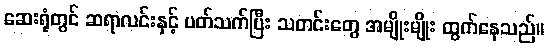
ဆေးရုံတွင် ဆရာလင်းနှင့် ပတ်သက်ပြီး သတင်းတွေ အမျိုးမျိုး ထွက်နေသည်။